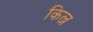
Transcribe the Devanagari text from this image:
किल्न